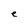
Character: e